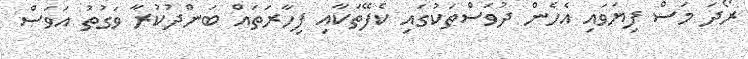
ރޯދަ މަސް ފިޔަވައި އެހެން ދުވަސްތަކުގައި ކެފޭތަކާއި ފިހާރަތައް ބަންދުކުރާ ވަގުތު އަވަސް